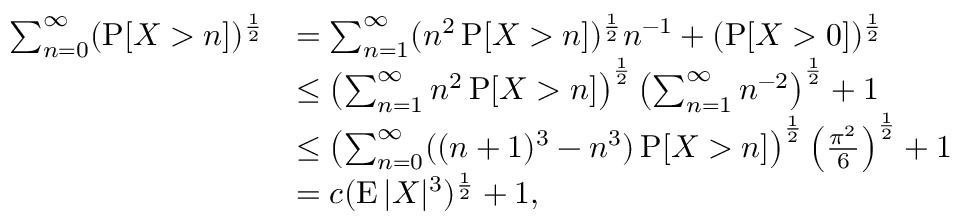
\begin{array} { r l } { \sum _ { n = 0 } ^ { \infty } ( \operatorname { P } [ X > n ] ) ^ { \frac { 1 } { 2 } } } & { = \sum _ { n = 1 } ^ { \infty } ( n ^ { 2 } \operatorname { P } [ X > n ] ) ^ { \frac { 1 } { 2 } } n ^ { - 1 } + ( \operatorname { P } [ X > 0 ] ) ^ { \frac { 1 } { 2 } } } \\ & { \leq \left( \sum _ { n = 1 } ^ { \infty } n ^ { 2 } \operatorname { P } [ X > n ] \right) ^ { \frac { 1 } { 2 } } \left( \sum _ { n = 1 } ^ { \infty } n ^ { - 2 } \right) ^ { \frac { 1 } { 2 } } + 1 } \\ & { \leq \left( \sum _ { n = 0 } ^ { \infty } ( ( n + 1 ) ^ { 3 } - n ^ { 3 } ) \operatorname { P } [ X > n ] \right) ^ { \frac { 1 } { 2 } } \left( \frac { \pi ^ { 2 } } { 6 } \right) ^ { \frac { 1 } { 2 } } + 1 } \\ & { = c ( \operatorname { E } | X | ^ { 3 } ) ^ { \frac { 1 } { 2 } } + 1 , } \end{array}